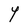
Character: Y